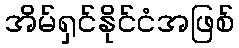
အိမ်ရှင်နိုင်ငံအဖြစ်